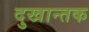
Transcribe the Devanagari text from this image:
दुखान्तक